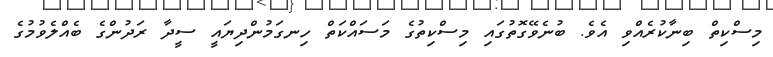
މިސްކިތް ބިނާކުރެއްވި އެވެ. ބުނެވޭގޮތުގައި މިސްކިތުގެ މަސައްކަތް ހިނގަމުންދިޔައީ ސީދާ ރަދުންގެ ބެއްލެވުމުގެ